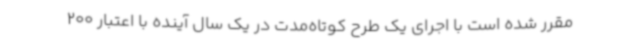
مقرر شده است با اجرای یک طرح کوتاه‌مدت در یک سال آینده با اعتبار 200